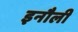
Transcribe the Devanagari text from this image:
इनौली